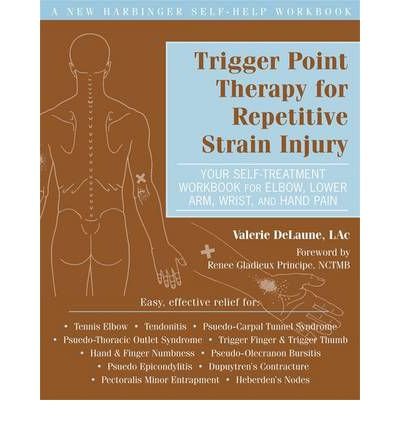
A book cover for Trigger Point Therapy for Repetitive Strain Injury: Your Self-Treatment Workbook for Elbow, Lower Arm, Wrist, & Hand Pain (Paperback) - Common; By (author) Valerie DeLaune; Health, Fitness & Dieting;